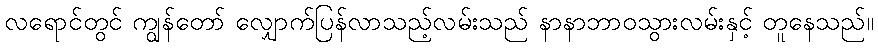
လရောင်တွင် ကျွန်တော် လျှောက်ပြန်လာသည့်လမ်းသည် နာနာဘာဝသွားလမ်းနှင့် တူနေသည်။